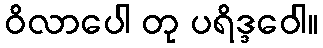
ဝိလာပေါ တု ပရိဒ္ဒဝေါ။